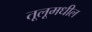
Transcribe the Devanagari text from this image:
तूलूमधील